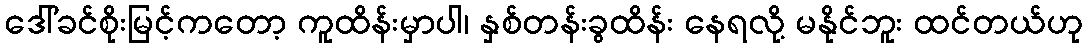
ဒေါ်ခင်စိုးမြင့်ကတော့ ကူထိန်းမှာပါ၊ နှစ်တန်းခွထိန်း နေရလို့ မနိုင်ဘူး ထင်တယ်ဟု